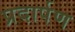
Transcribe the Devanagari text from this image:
प्रदार्पण